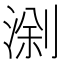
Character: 𱧗